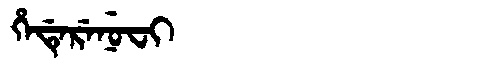
Manchu: ᡥᡝᡩᡝᡵᡝᠨᡠᠸᡳ
Romanization: HEDERENUFI